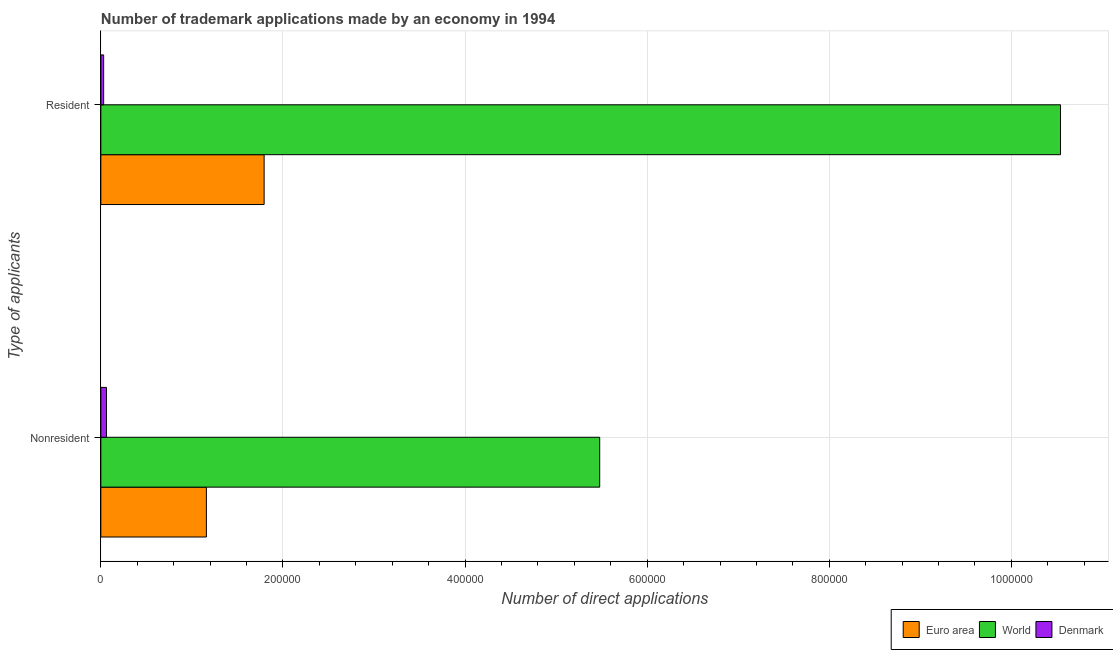
| Type of applicants | Euro area | World | Denmark |
 | --- | --- | --- | --- |
 | Nonresident | 1.16e+05 | 5.48e+05 | 6.18e+03 |
 | Resident | 1.79e+05 | 1.05e+06 | 3.1e+03 |